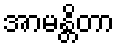
အာမန္တိတာ